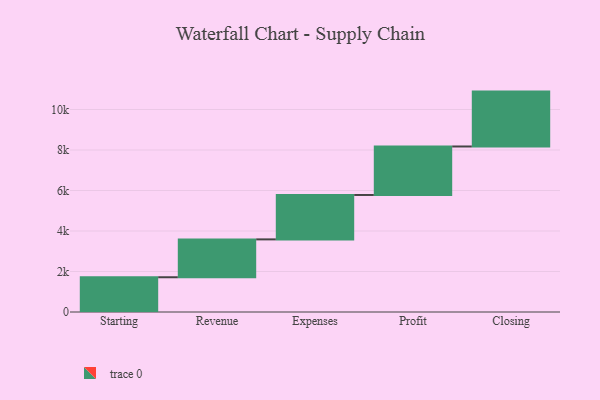
{"axis": {"x": "Step", "y": "Value"}, "legend": [""], "data": [{"x": "Starting", "y": 1716.0, "type": ""}, {"x": "Revenue", "y": 1870.0, "type": ""}, {"x": "Expenses", "y": 2193.0, "type": ""}, {"x": "Profit", "y": 2394.0, "type": ""}, {"x": "Closing", "y": 2710.0, "type": ""}]}